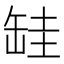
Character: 𦈰